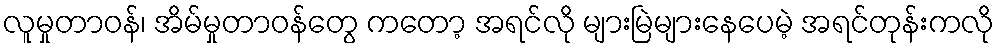
လူမှုတာဝန်၊ အိမ်မှုတာဝန်တွေ ကတော့ အရင်လို များမြဲများနေပေမဲ့ အရင်တုန်းကလို